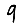
Digit: 9